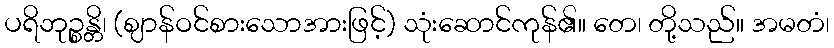
ပရိဘုဉ္စန္တိ၊ (ဈာန်ဝင်စားသောအားဖြင့်) သုံးဆောင်ကုန်၏။ တေ၊ တို့သည်။ အမတံ၊